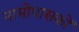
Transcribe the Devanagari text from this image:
नामोपासकों